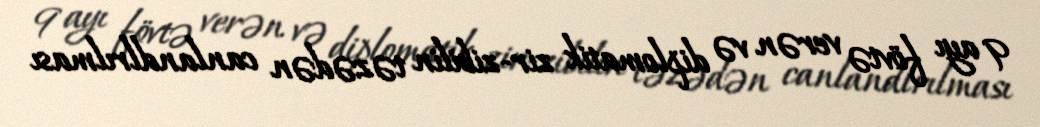
9 ayı fövtə verən və diplomatik zir-zibilin təzədən canlandlrılması